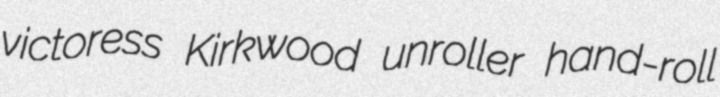
victoress Kirkwood unroller hand-roll